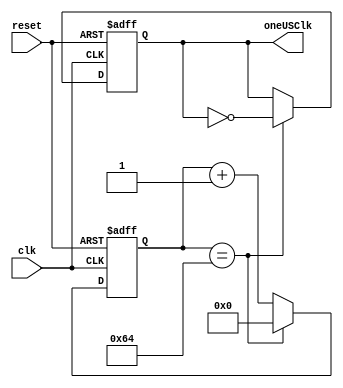
////////////////////////////////////////
//
//One microsecond clk generator for instruction_word_generator and nibble_converter units
//
/////////////////////////////////////////////
module LCD_clk_unit(input wire clk,
					input wire reset,
					output reg oneUSClk);

reg [6:0] clkCount = 7'b0000000;
// This process counts to 100, and then resets.  It is used to divide the clock signal.
	// This makes oneUSClock peak aprox. once every 1microsecond
	always @(posedge clk, posedge reset) begin
                       if(reset) begin
                       clkCount <= 7'b0000000;
                        oneUSClk <= 'd0;
			end
			else if(clkCount == 7'b1100100) begin
			//if(clkCount == 7'b0000011) begin
					clkCount <= 7'b0000000;
					oneUSClk <= ~oneUSClk;
			end
			else begin
					clkCount <= clkCount + 1'b1;
			end

	end
	
endmodule